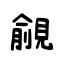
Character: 覦